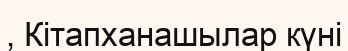
, Кітапханашылар күні